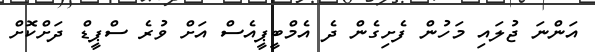
އަންނަ ޖުލައި މަހުން ފެށިގެން ދެ އެމްބީޕީއެސް އަށް ވުރެ ސްޕީޑް ދަށްކޮށް